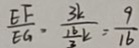
\frac { E F } { E G } , \frac { 3 k } { \frac { 1 6 } { 3 } k } = \frac { 9 } { 1 6 }